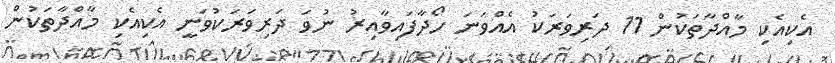
އެކިއެކި މާއްދާތަކުން 11 ދަރިވަރަކު އެއްވަނަ ހޯދާފައިވާއިރު ނުވަ ދަރިވަރަކުވަނީ އެކިއެކި މާއްދާތަކުން